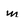
Character: m